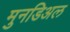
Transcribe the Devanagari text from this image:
मुनडिअल